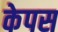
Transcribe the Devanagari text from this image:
केपस